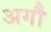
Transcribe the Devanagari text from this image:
अगौ